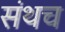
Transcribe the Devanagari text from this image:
संथच